Vaccination in Bombay 1913-1923 - 1913-1923
Year: 1913
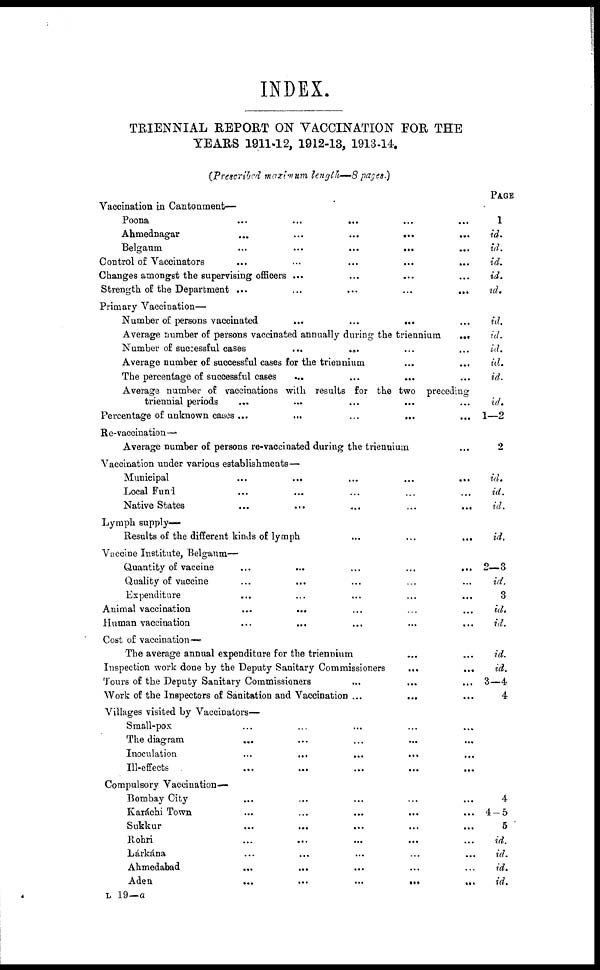
INDEX.
TRIENNIAL REPORT ON VACCINATION FOR THE
YEARS 1911-12, 1912-13, 1913-14.
(Prescribed maximum length—8 pages.)
Vaccination in Cantonment—
Poona ... ... ... ... ...
Ahmednagar ... ... ... ... ...
Belgaum ... ... ... ... ...
Control of Vaccinators
...
...
...
...
...
Changes amongst the supervising officers ... ... ... ...
Strength of the Department ...
...
...
...
...
Primary Vaccination—
Number of persons vaccinated
...
...
... ...
Average number of persons vaccinated annually during the triennium
...
Number of successful cases
... ... ... ...
Average number of successful cases for the triennium ... ...
The percentage of successful cases ... ... ... ...
Average number of vaccinations with results for the two preceding
triennial periods ... ... ... ... ...
Percentage of unknown cases ...
...
...
... ...
Re-vaccination—
Average number of persons re-vaccinated during the triennium
Vaccination under various establishments—
Municipal ... ... ... ... ...
Local Fund ... ... ... ... ...
Native States ... ... ... ... ...
Lymph supply—
Results of the different kinds of lymph ... ... ...
Vaccine Institute, Belgaum—
Quantity of vaccine ... ... ... ... ...
Quality of vaccine ... ... ... ... ...
Expenditure ... ... ... ... ...
Animal vaccination ... ... ... ... ...
Human vaccination
...
... ... ... ...
Cost of vaccination—
The average annual expenditure for the triennium ... ...
Inspection work done by the Deputy Sanitary Commissioners ... ...
Tours of the Deputy Sanitary Commissioners ... ... ...
Work of the Inspectors of Sanitation and Vaccination ...
... ...
Villages visited by Vaccinators—
Small-pox ... ... ... ... ...
The diagram
... ... ... ... ...
Inoculation ... ... ... ... ...
Ill-effects ... ... ... ... ...
Compulsory Vaccination—
Bombay City ... ... ... ... ...
Karáchi Town
...
...
...
... ...
Sukkur ... ... ... ... ...
Rohri ... ... ... ... ...
Lárkána ... ... ... ... ...
Ahmedabad ... ... ... ... ...
Aden
...
...
...
...
...
PAGE
1
id.
id.
id.
id.
id.
id.
id.
id.
id.
id.
id.
1—2
2
id.
id.
id.
id.
2—3
id.
3
id.
id.
id.
id.
3—4
4
4
4—5
5
id.
id.
id.
id.
L 19—a